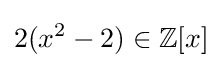
2(x^{2}-2)\in \mathbb {Z} [x]